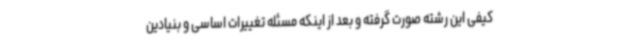
کیفی این رشته صورت گرفته و بعد از اینکه مسئله تغییرات اساسی و بنیادین